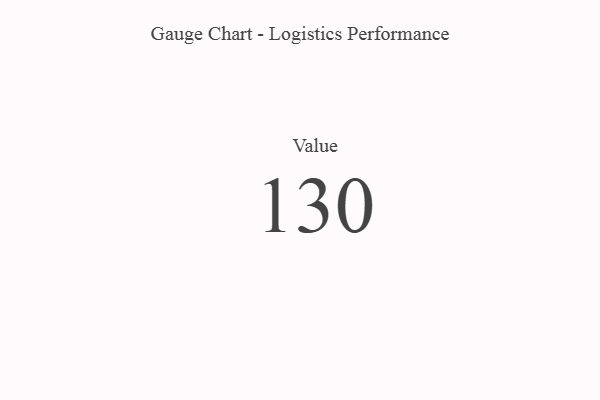
{"axis": {"x": "Metric", "y": "Value"}, "legend": [""], "data": [{"x": "Value", "y": 130, "type": ""}]}